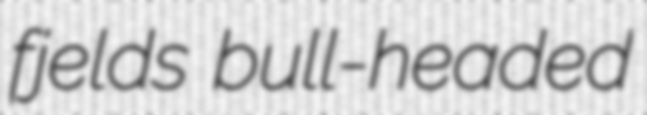
fjelds bull-headed